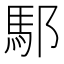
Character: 䣕